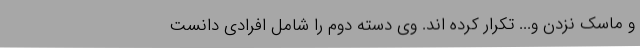
و ماسک نزدن و... تکرار کرده اند. وی دسته دوم را شامل افرادی دانست